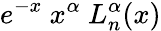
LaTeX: e^{-x}\ x^{\alpha}\ L_{n}^{\alpha}(x)